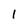
Character: 1